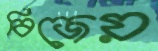
বিজেয়